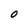
Character: 0